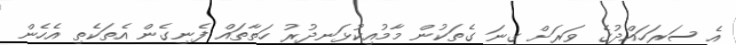
އެ ސަރަަހައްދުގެ ވަރަށް ގިނަ ގެތަކުން މާމުއިކުޅަނދުރު ހަތާތައް ފެނިގެން އެތަކެތި އެހެން